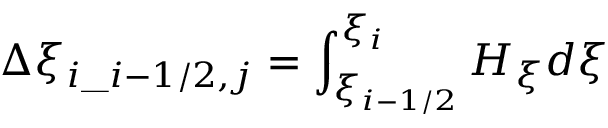
\displaystyle \Delta \xi _ { i \_ i - 1 / 2 , j } = \int _ { \xi _ { i - 1 / 2 } } ^ { \xi _ { i } } H _ { \xi } d \xi